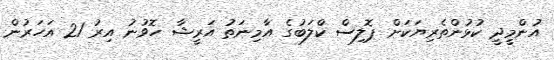
އުންމީދީ ކުޅުންތެރިޔަކަށް ޕޮލިސް ކްލަބުގެ އާމިނަތު އަރީޝާ ހޮވުނު އިރު 21 އަހަރުން